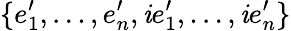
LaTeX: \{ e_{1}^{\prime},\ldots,e_{n}^{\prime},\mathit{i}e_{1}^{\prime},\ldots,\mathit{i}e_{n}^{\prime}\}